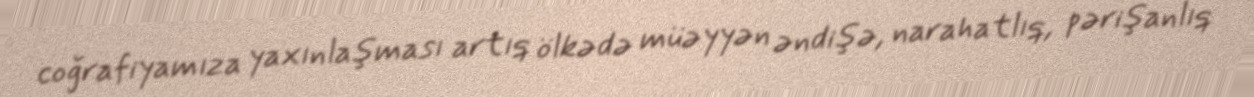
coğrafiyamıza yaxınlaşması artıq ölkədə müəyyən əndişə, narahatlıq, pərişanlıq